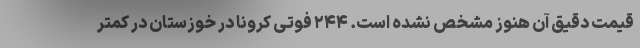
قیمت دقیق آن هنوز مشخص نشده است. ۲۴۴ فوتی کرونا در خوزستان در کمتر